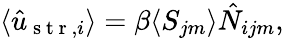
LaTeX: \begin{array}{r}{\langle\hat{u}_{\mathrm{~s~t~r~},i}\rangle=\beta\langle S_{jm}\rangle\hat{N}_{ijm},}\end{array}